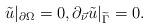
LaTeX: \begin{align*}\tilde u \vert_{\partial\Omega} =0, \partial_{\vec \nu}\tilde u\vert_{\widetilde \Gamma} =0.\end{align*}